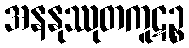
အနနုဿုတကူဋဉ္စ